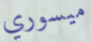
ميسوري